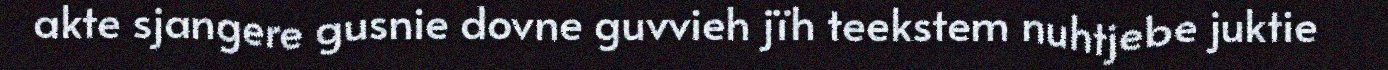
akte sjangere gusnie dovne guvvieh jïh teekstem nuhtjebe juktie